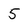
Character: 5